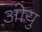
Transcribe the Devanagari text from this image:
ओयु